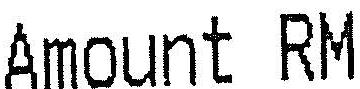
AMOUNT RM